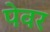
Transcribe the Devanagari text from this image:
पेवर